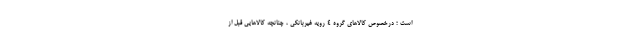
است ؛ درخصوص کالاهای گروه ۴ رویه غیربانکی ، چنانچه کالاهایی قبل از